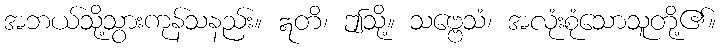
အဘယ်သို့သွားကုန်သနည်း။ ဣတိ၊ ဤသို့။ သဗ္ဗေသံ၊ အလုံးစုံသောသူတို့၏။